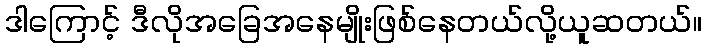
ဒါကြောင့် ဒီလိုအခြေအနေမျိုးဖြစ်နေတယ်လို့ယူဆတယ်။